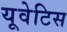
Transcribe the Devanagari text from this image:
यूवेटिस